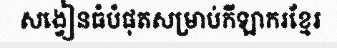
សង្វៀនធំបំផុតសម្រាប់កីឡាករខ្មែរ